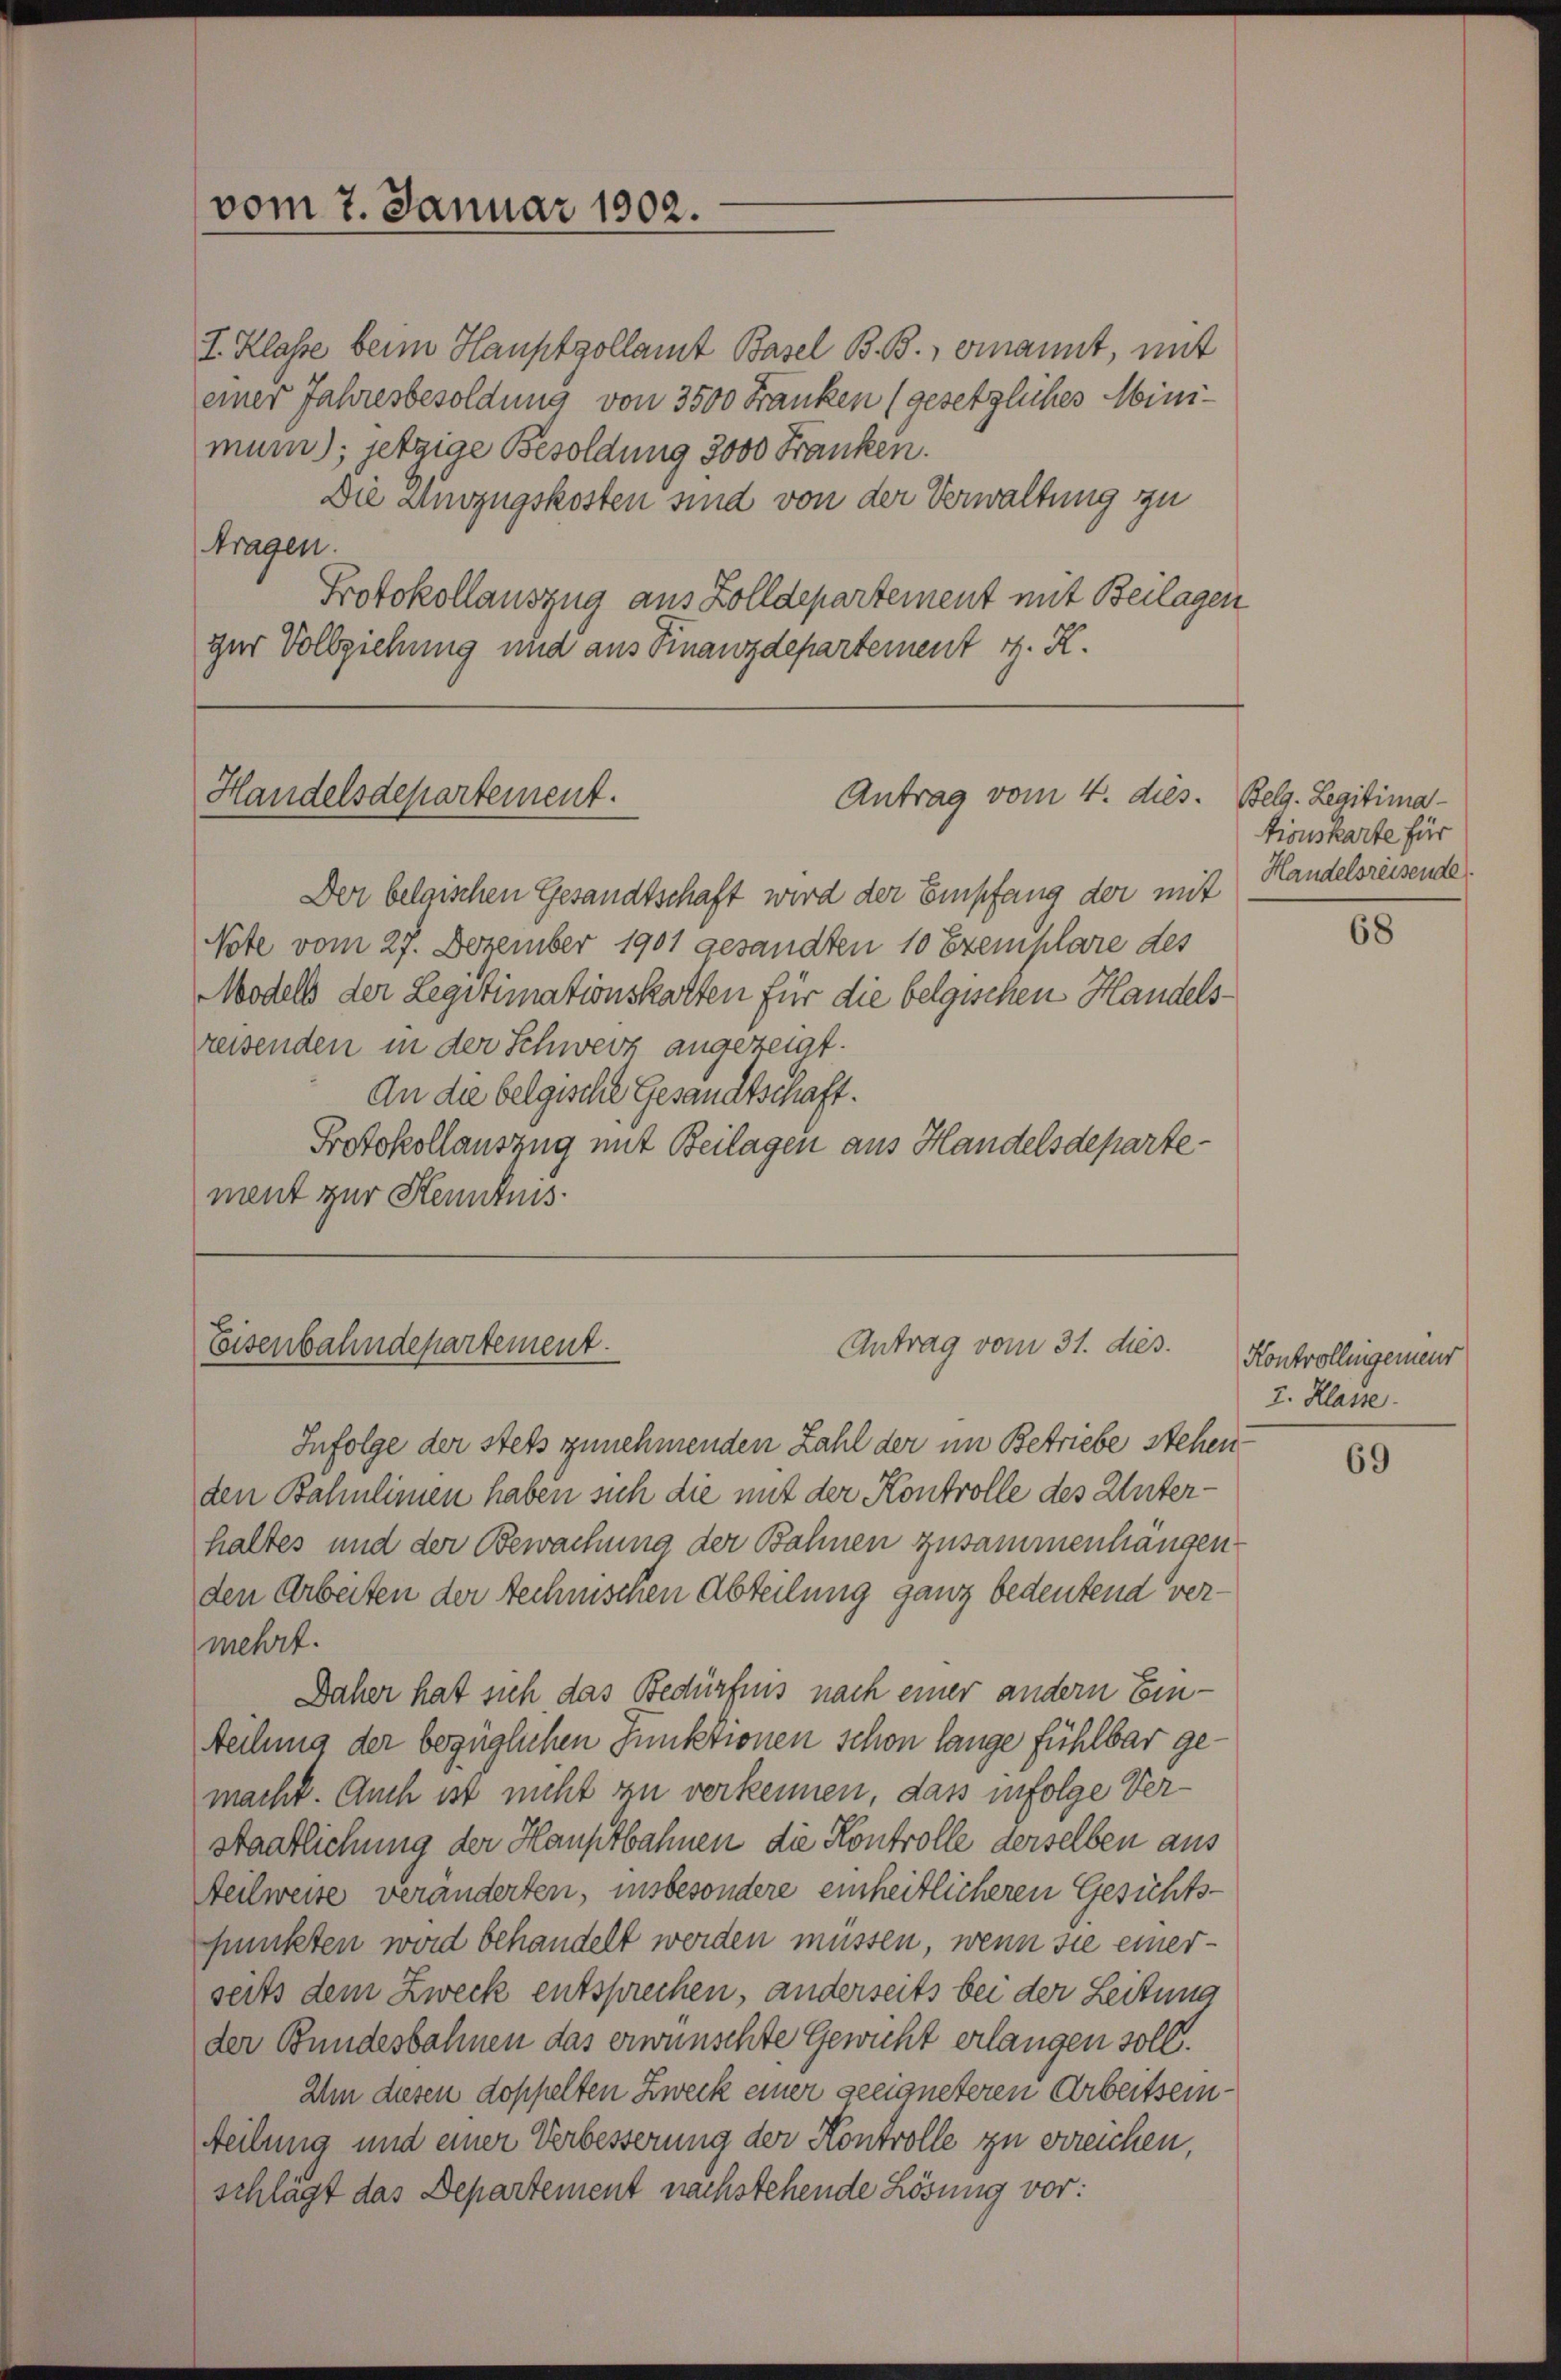
vom 7. Januar 1902.

I. Klasse beim Hauptzollamt Basel B. B., ernannt, mit
einer Jahresbesoldung von 3500 Franken (gesetzliches Minimuni); jetzige Besoldung 3000 Franken.
Die Anzugskosten sind von der Verwaltung zu
tragen.
Protokollauszug aus Zolldepartement mit Beilagen
zer Vollziehung und aus Finanzdepartement i. R.

Handelsdepartement.

Antrag vom 4. dies

Antrag vom 31. dies.
Eisenbahndepartement.

Der belgischen Gesandtschaft wird der Empfang der mit Handelsreisende
Note vom 27. Dezember 1901 gesandten 10 Exemplare des
Modell der Legitimationskarten für die belgischen Handelsreisenden in der Schwerz angezeigt.
An die belgische Gesandtschaft.
Protokollauszug mit Beilagen aus Handelsdepartement zur Kenntnis

Infolge der stets zunehmenden Zahl der im Betriebe stehen
den Bahnlinien haben sich die mit der Kontrolle des Unterhaltes und der Bewachung der Bahnen zusammenhangen
den Arbeiten der technischen Abteilung ganz bedeutend vermehrt.
Daher hat sich das Bedürfnis nach einer andern Einteilung der bezüglichen Funktionen schon lange fühlbar gemacht. Auch ist nicht zu verkennen, das infolge Verstaatlichung der Hauptbahnen die Kontrolle derselben aus
Teilweise veränderten, insbesondere einheitlicheren Gesichts-
punkten wird behandelt werden müssen, wenn sie einerseits dem Zweck entsprechen, anderseits bei der Leitung
der Bundesbahnen das erwünschte Gewicht erlangen soll.
Um diesen doppelten Zweck einer geeigneteren Arbeitsein¬
Teilung und einer Verbesserung der Kontrolle zu erreichen,
schlägt das Departement nachstehende Lösung vor:

Belg. Legitima
tionskarte für

68

Kontrollingerneur
I. Klasse.

69